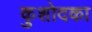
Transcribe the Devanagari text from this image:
कुशोदका